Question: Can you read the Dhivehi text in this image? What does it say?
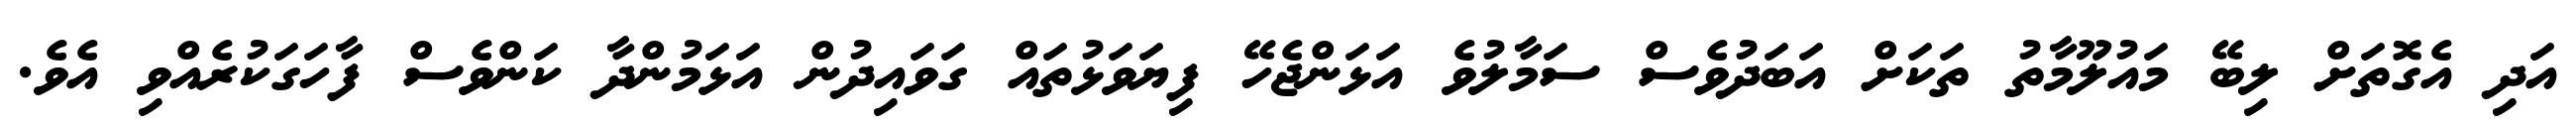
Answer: އަދި އެގޮތަށް ލިބޭ މައުލޫމާތު ތަކަށް އަބަދުވެސް ސަމާލުވެ އަޅަންޖެހޭ ފިޔަވަޅުތައް ގަވައިދުން އަޅަމުންދާ ކަންވެސް ފާހަގަކުރެއްވި އެވެ.